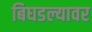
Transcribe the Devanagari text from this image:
बिघडल्यावर